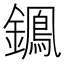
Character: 𨭷